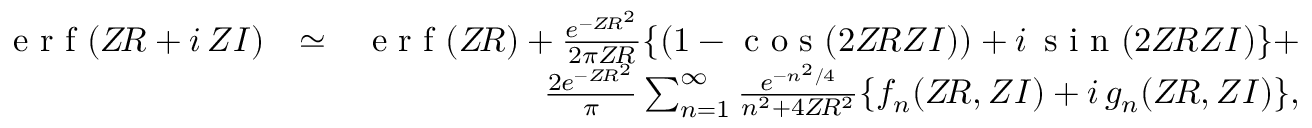
\begin{array} { r l r } { \textnormal { e r f } ( Z \! R + i \, Z I ) } & { \simeq } & { \textnormal { e r f } ( Z \! R ) + \frac { e ^ { - Z \! R ^ { 2 } } } { 2 \pi Z \! R } \{ ( 1 - \textnormal { c o s } ( 2 Z \! R Z I ) ) + i \, \textnormal { s i n } ( 2 Z \! R Z I ) \} + } \\ & { ~ } & { \frac { 2 e ^ { - Z \! R ^ { 2 } } } { \pi } \sum _ { n = 1 } ^ { \infty } \frac { e ^ { - n ^ { 2 } / 4 } } { n ^ { 2 } + 4 Z \! R ^ { 2 } } \{ f _ { n } ( Z \! R , Z I ) + i \, g _ { n } ( Z \! R , Z I ) \} , } \end{array}